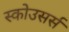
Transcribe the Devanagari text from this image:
स्कोउसर्स